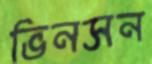
ভিনসন